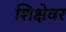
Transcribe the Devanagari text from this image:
शिक्षेवर